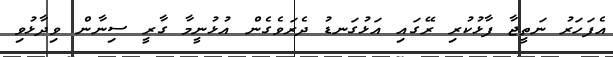
އެފަހަރު ނަތީޖާ ފާޅުކުރި ރޭގައި އަޅުގަނޑު ދެރަވެގެން އުޅުނީމާ ގާރީ ސިނާން ވިދާޅުވި